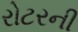
રોટરની